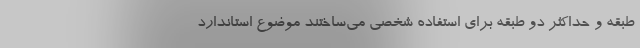
طبقه و حداكثر دو طبقه براي استفاده شخصي مي‌ساختند موضوع استاندارد